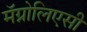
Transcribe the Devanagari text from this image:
मॅग्नोलिएसी